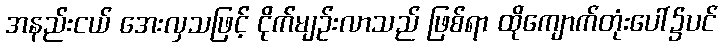
အနည်းငယ် အေးလှသဖြင့် ငိုက်မျဉ်းလာသည် ဖြစ်ရာ ထိုကျောက်တုံးပေါ်၌ပင်